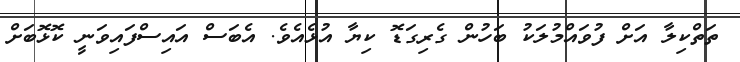
ތަތްކިލާ އަށް ފުވައްމުލަކު ބަހުން ގެރިގަޑޮ ކިޔާ އުޅެއެވެ. އެބަސް އައިސްފައިވަނީ ކޮޅޮބަށް